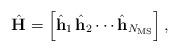
LaTeX: \begin{align*}\hat{\textbf{H}} = \left[ \hat{\textbf{h}}_1 \, \hat{\textbf{h}}_2 \cdots \hat{\textbf{h}}_{N_{\rm MS}} \right],\end{align*}